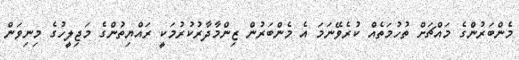
މެންބަރުންގެ މައްޗަށް ތުހުމަތެއް ކުރެވޭނަމަ އެ މެންބަރުން ޒިންމާދާރުކުރުމަކީ ރައްޔިތުންގެ މަޖިލީހުގެ މިނިވަން